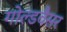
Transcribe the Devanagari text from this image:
गोल्डवैसर